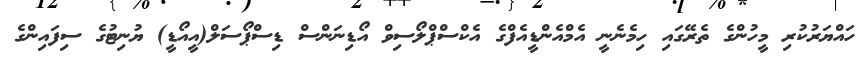
ހައްޔަރުކުރި މީހުންގެ ތެރޭގައި ހިމެނެނީ އެމްއެންޑީއެފްގެ އެކްސްޕްލޯސިވް އޯޑިނަންސް ޑިސްޕޯސަލް(އީއޯޑީ) ޔުނިޓުގެ ސިފައިންގެ